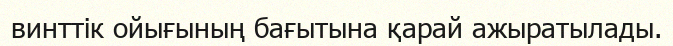
винттік ойығының бағытына қарай ажыратылады.